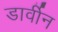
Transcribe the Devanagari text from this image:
डार्वीन